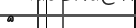
٩